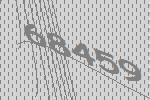
68459